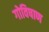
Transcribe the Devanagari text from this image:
गोविषाण